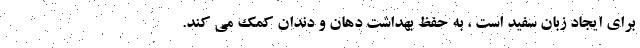
برای ایجاد زبان سفید است ، به حفظ بهداشت دهان و دندان کمک می کند.